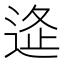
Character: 𨓧